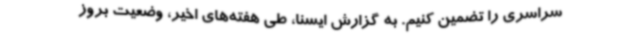
سراسری را تضمین کنیم. به گزارش ایسنا، طی هفته‌های اخیر، وضعیت بروز